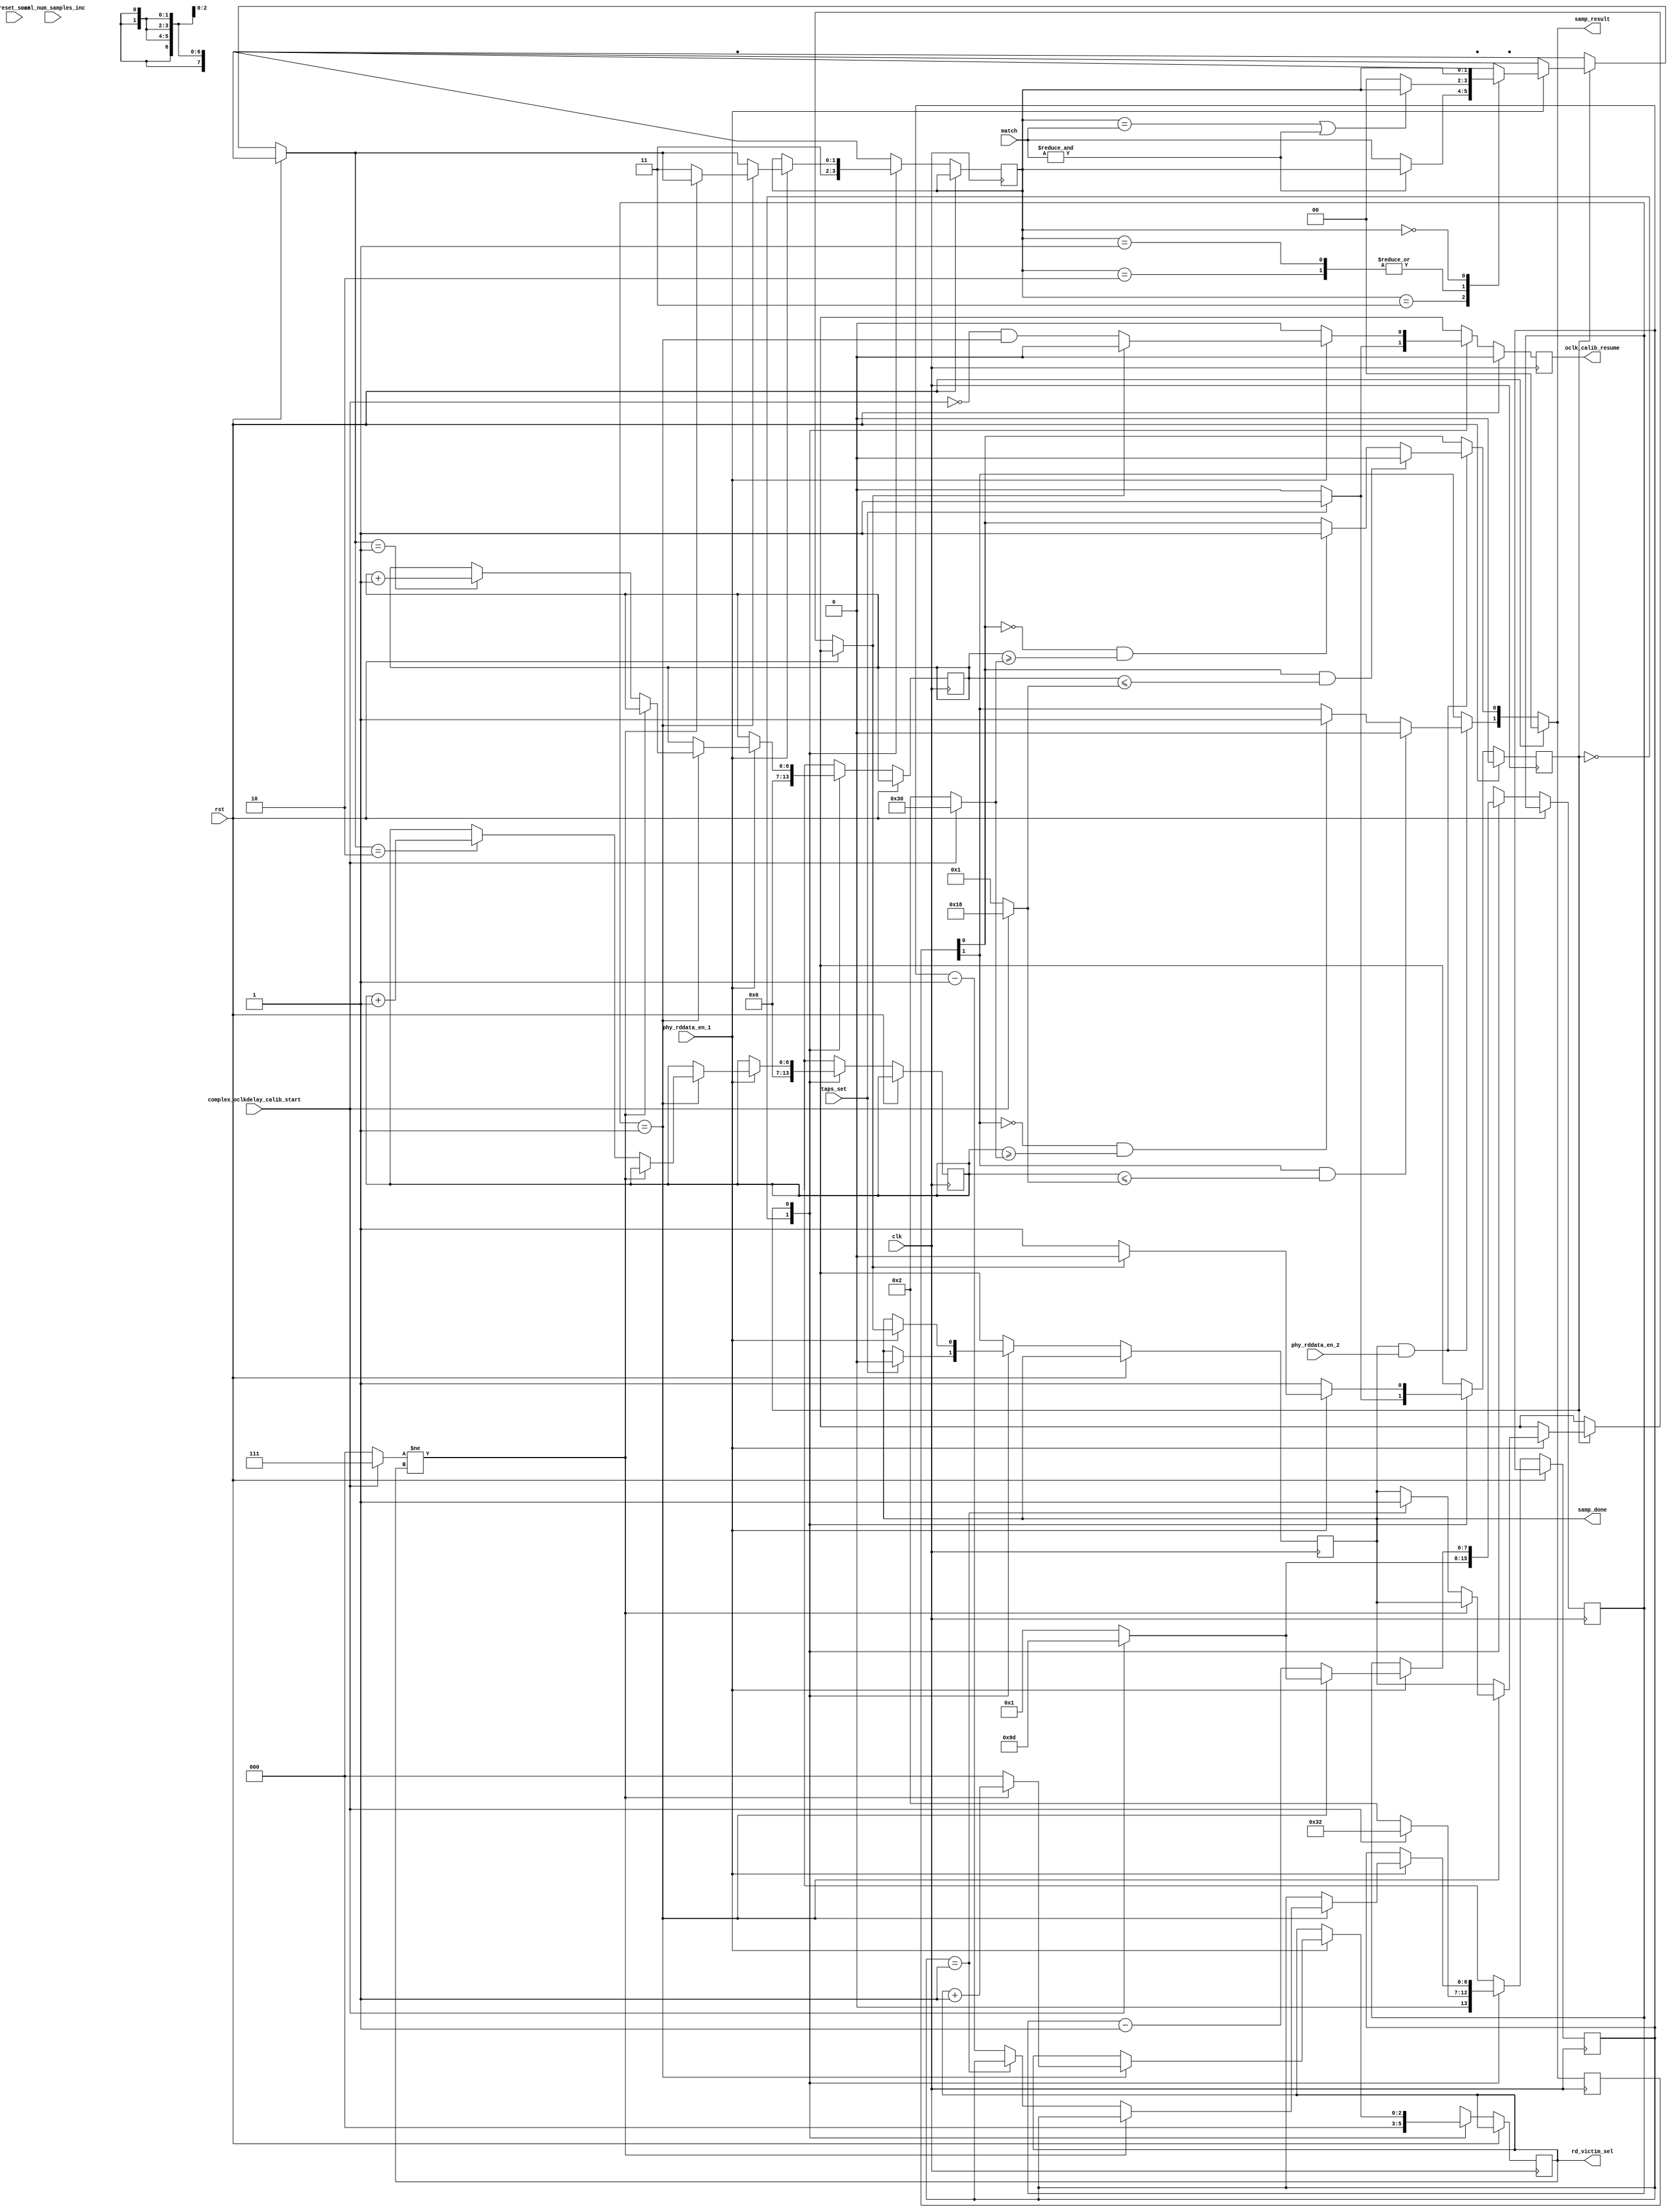
//*****************************************************************************
// (c) Copyright 2009 - 2013 Xilinx, Inc. All rights reserved.
//
// This file contains confidential and proprietary information
// of Xilinx, Inc. and is protected under U.S. and
// international copyright and other intellectual property
// laws.
//
// DISCLAIMER
// This disclaimer is not a license and does not grant any
// rights to the materials distributed herewith. Except as
// otherwise provided in a valid license issued to you by
// Xilinx, and to the maximum extent permitted by applicable
// law: (1) THESE MATERIALS ARE MADE AVAILABLE "AS IS" AND
// WITH ALL FAULTS, AND XILINX HEREBY DISCLAIMS ALL WARRANTIES
// AND CONDITIONS, EXPRESS, IMPLIED, OR STATUTORY, INCLUDING
// BUT NOT LIMITED TO WARRANTIES OF MERCHANTABILITY, NON-
// INFRINGEMENT, OR FITNESS FOR ANY PARTICULAR PURPOSE; and
// (2) Xilinx shall not be liable (whether in contract or tort,
// including negligence, or under any other theory of
// liability) for any loss or damage of any kind or nature
// related to, arising under or in connection with these
// materials, including for any direct, or any indirect,
// special, incidental, or consequential loss or damage
// (including loss of data, profits, goodwill, or any type of
// loss or damage suffered as a result of any action brought
// by a third party) even if such damage or loss was
// reasonably foreseeable or Xilinx had been advised of the
// possibility of the same.
//
// CRITICAL APPLICATIONS
// Xilinx products are not designed or intended to be fail-
// safe, or for use in any application requiring fail-safe
// performance, such as life-support or safety devices or
// systems, Class III medical devices, nuclear facilities,
// applications related to the deployment of airbags, or any
// other applications that could lead to death, personal
// injury, or severe property or environmental damage
// (individually and collectively, "Critical
// Applications"). Customer assumes the sole risk and
// liability of any use of Xilinx products in Critical
// Applications, subject only to applicable laws and
// regulations governing limitations on product liability.
//
// THIS COPYRIGHT NOTICE AND DISCLAIMER MUST BE RETAINED AS
// PART OF THIS FILE AT ALL TIMES.
//
//*****************************************************************************
//   ____  ____
//  /   /\/   /
// /___/  \  /    Vendor: Xilinx
// \   \   \/     Version: %version
//  \   \         Application: MIG
//  /   /         Filename: ddr_phy_v4_0_phy_ocd_samp.v
// /___/   /\     Date Last Modified: $Date: 2011/02/25 02:07:40 $
// \   \  /  \    Date Created: Aug 03 2009 
//  \___\/\___\
//
//Device: 7 Series
//Design Name: DDR3 SDRAM
//Purpose: Controls the number of samples and generates an aggregate
//sampling result.
//
// The following shows the nesting of the sampling loop.  Nominally built
// to accomodate the "complex" sampling protocol.  Adapted for use with
// "simple" samplng.
//
//                    simple                    complex
//                                 
// samples            OCAL_SIMPLE_SCAN_SAMPS    1 or 50 Depends on SIM_CAL_OPTION
//   rd_victim_sel    0                         0 to 7
//     data_cnt       1                         157
//
// First it collects comparison results provided on the
// two bit "match" bus.  A particular phaser tap setting may be recorded one
// or many times depending on various parameter settings.  
// The two bit match bus corresponds to comparisons for the
// zero or rising phase, and the oneeighty or falling phase.  The "aggregate"
// starts out as NULL and then begins collecting comparison results
// when phy_rddata_en_1 is high.  The first result is always set into
// the aggregate result.  Subsequent results that match aggregate, don't
// make any change.  Subsequent compare results that don't match cause the aggregate
// to turn to FUZZ.
//
// A "sample" is defined as a single DRAM burst for the simple step, and
// an entire 157 DRAM data bursts across the 8 victim bits for complex.
//
// Once all samples have been taken, the samp_result is computed by
// comparing the number of successful compares against the threshold.
//
// The second function is to track and control the number of samples.  For 
// "simple" data, the number of samples is set by OCAL_SIMPLE_SCAN_SAMPS.  
// For "complex" data, nominally
// the complex data pattern consists of a sequence of 157 DRAM chunks.  This
// sequence is run with each bit in the byte designated as the "victim".  This sequence
// is repeated 50 times, although when SIM_CAL_OPTION is set to none "NONE", it is only
// repeated once.
//
// This block generates oclk_calib_resume.  For the simple pattern, a single DRAM
// burst is returned  For complex its 157  which indicates the start of the 157*50
// sequence for a bit.  samp_done is pulsed.
//
//Reference:
//Revision History:
//*****************************************************************************

`timescale 1ps/1ps

module mig_7series_v4_0_ddr_phy_ocd_samp #
  (parameter nCK_PER_CLK             = 4,
   parameter OCAL_SIMPLE_SCAN_SAMPS  = 2,
   parameter SCAN_PCT_SAMPS_SOLID    = 95,
   parameter TCQ                     = 100,
   parameter SIM_CAL_OPTION          = "NONE")
  (/*AUTOARG*/
  // Outputs
  samp_done, oclk_calib_resume, rd_victim_sel, samp_result,
  // Inputs
  complex_oclkdelay_calib_start, clk, rst, reset_scan,
  ocal_num_samples_inc, match, phy_rddata_en_1, taps_set,
  phy_rddata_en_2
  );

  function integer clogb2 (input integer size); // ceiling logb2
    begin
      size = size - 1;
      for (clogb2=1; size>1; clogb2=clogb2+1)
            size = size >> 1;
    end
  endfunction // clogb2

  localparam ONE = 1;

  localparam CMPLX_DATA_CNT = nCK_PER_CLK == 2 ? 157 * 2 : 157;
  localparam SIMP_DATA_CNT = nCK_PER_CLK == 2 ? 2 : 1;

  localparam DATA_CNT_WIDTH = nCK_PER_CLK == 2 ? 9 : 8;

  localparam CMPLX_SAMPS = SIM_CAL_OPTION == "NONE" ? 50 : 1;
 
  // Plus one because were counting in natural numbers. 
  localparam SAMP_CNT_WIDTH = clogb2(OCAL_SIMPLE_SCAN_SAMPS > CMPLX_SAMPS 
                                       ? OCAL_SIMPLE_SCAN_SAMPS : CMPLX_SAMPS) + 1;

  // Remember SAMPLES is natural number counting.  One corresponds to one sample.
  localparam integer SIMP_SAMPS_SOLID_THRESH = OCAL_SIMPLE_SCAN_SAMPS * SCAN_PCT_SAMPS_SOLID * 0.01;
  localparam integer SIMP_SAMPS_HALF_THRESH = SIMP_SAMPS_SOLID_THRESH/2;
  localparam integer CMPLX_SAMPS_SOLID_THRESH = CMPLX_SAMPS * SCAN_PCT_SAMPS_SOLID * 0.01;
  localparam integer CMPLX_SAMPS_HALF_THRESH = CMPLX_SAMPS_SOLID_THRESH/2;

  input complex_oclkdelay_calib_start;
  
  wire [SAMP_CNT_WIDTH-1:0] samples =  complex_oclkdelay_calib_start
			                 ? CMPLX_SAMPS[SAMP_CNT_WIDTH-1:0]	       
                                         : OCAL_SIMPLE_SCAN_SAMPS[SAMP_CNT_WIDTH-1:0];
  
  localparam [1:0] NULL       = 2'b11,
                   FUZZ       = 2'b00,
                   ONEEIGHTY  = 2'b10,
                   ZERO       = 2'b01;
 
  input clk;
  input rst;

  input reset_scan;

  // Given the need to count phy_data_en, this is not useful.
  input ocal_num_samples_inc;
  
  input [1:0] match;

  input phy_rddata_en_1;
  
  input taps_set;

  reg samp_done_ns, samp_done_r;
  always @(posedge clk) samp_done_r <= #TCQ samp_done_ns;
  output samp_done;
  assign samp_done = samp_done_r;

  input phy_rddata_en_2;
  wire samp_valid = samp_done_r && phy_rddata_en_2;

  reg [1:0] agg_samp_ns, agg_samp_r;
  always @(posedge clk) agg_samp_r <= #TCQ agg_samp_ns;

  reg oclk_calib_resume_ns, oclk_calib_resume_r;
  always @(posedge clk) oclk_calib_resume_r <= #TCQ oclk_calib_resume_ns;
  output oclk_calib_resume;
  assign oclk_calib_resume = oclk_calib_resume_r;

  // Complex data counting.
  // Inner most loop.  157 phy_data_en.
  reg [DATA_CNT_WIDTH-1:0] data_cnt_ns, data_cnt_r;
  always @(posedge clk) data_cnt_r <= #TCQ data_cnt_ns;

  // Nominally, 50 samples of the above 157 phy_data_en.
  reg [SAMP_CNT_WIDTH-1:0] samps_ns, samps_r;
  always @(posedge clk) samps_r <= #TCQ samps_ns;

  // Step through the 8 bits in the byte.
  reg [2:0] rd_victim_sel_ns, rd_victim_sel_r;
  always @(posedge clk) rd_victim_sel_r <= #TCQ rd_victim_sel_ns;
  output [2:0] rd_victim_sel;
  assign rd_victim_sel = rd_victim_sel_r;

  reg [SAMP_CNT_WIDTH-1:0] zero_ns, zero_r, oneeighty_ns, oneeighty_r;
  always @(posedge clk) zero_r <= #TCQ zero_ns;
  always @(posedge clk) oneeighty_r <= #TCQ oneeighty_ns;

  wire [SAMP_CNT_WIDTH-1:0] samp_thresh = (complex_oclkdelay_calib_start 
                                            ? CMPLX_SAMPS_SOLID_THRESH[SAMP_CNT_WIDTH-1:0]
                                            : SIMP_SAMPS_SOLID_THRESH[SAMP_CNT_WIDTH-1:0]);

  wire [SAMP_CNT_WIDTH-1:0] samp_half_thresh = (complex_oclkdelay_calib_start 
                                                 ? CMPLX_SAMPS_HALF_THRESH[SAMP_CNT_WIDTH-1:0]
                                                 : SIMP_SAMPS_HALF_THRESH[SAMP_CNT_WIDTH-1:0]);

  wire zero_ge_thresh = zero_r >= samp_thresh;
  wire zero_le_half_thresh =  zero_r <= samp_half_thresh;
  wire oneeighty_ge_thresh = oneeighty_r >= samp_thresh;
  wire oneeighty_le_half_thresh = oneeighty_r <= samp_half_thresh;
  
  reg [1:0] samp_result_ns, samp_result_r;
  always @(posedge clk) samp_result_r <= #TCQ samp_result_ns;
  always @(*) 
    if (rst) samp_result_ns = 'b0;
    else begin
      samp_result_ns = samp_result_r;
      if (samp_valid) begin
	if (~samp_result_r[0] && zero_ge_thresh) samp_result_ns[0] = 'b1;
        if (samp_result_r[0] && zero_le_half_thresh) samp_result_ns[0] = 'b0;
	if (~samp_result_r[1] && oneeighty_ge_thresh) samp_result_ns[1] = 'b1;
        if (samp_result_r[1] && oneeighty_le_half_thresh) samp_result_ns[1] = 'b0;
      end
    end
  
  output [1:0] samp_result;
  assign samp_result = samp_result_ns;

  reg [0:0] sm_ns, sm_r;
  always @(posedge clk) sm_r <= #TCQ sm_ns;

  wire [DATA_CNT_WIDTH-1:0] data_cnt = complex_oclkdelay_calib_start 
                                         ? CMPLX_DATA_CNT[DATA_CNT_WIDTH-1:0] 
                                         : SIMP_DATA_CNT[DATA_CNT_WIDTH-1:0];
  wire [2:0] rd_victim_end = complex_oclkdelay_calib_start ? 3'h7 : 3'h0;
  wire data_end = data_cnt_r == ONE[DATA_CNT_WIDTH-1:0];
  wire samp_end = samps_r == ONE[SAMP_CNT_WIDTH-1:0];
  
  // Primary state machine.
  
  always @(*) begin

  // Default next state assignments.

    agg_samp_ns = agg_samp_r;
    data_cnt_ns = data_cnt_r;
    oclk_calib_resume_ns = 1'b0;
    oneeighty_ns = oneeighty_r;
    rd_victim_sel_ns = rd_victim_sel_r;
    samp_done_ns = samp_done_r;
    samps_ns = samps_r;
    sm_ns = sm_r;
    zero_ns = zero_r;
    
    if (rst == 1'b1) begin
  // RESET next states
      sm_ns = /*AK("READY")*/1'd0;
      
    end else
      
  // State based actions and next states. 
      case (sm_r)

        /*AL("READY")*/1'd0:begin
	  agg_samp_ns = NULL;
	  data_cnt_ns = data_cnt;
	  oneeighty_ns = 'b0;
	  zero_ns = 'b0;
	  rd_victim_sel_ns = 3'b0;
	  samps_ns = complex_oclkdelay_calib_start ? CMPLX_SAMPS[SAMP_CNT_WIDTH-1:0]
                                                   : OCAL_SIMPLE_SCAN_SAMPS[SAMP_CNT_WIDTH-1:0];
	 
	  
	  if (taps_set) begin
	    samp_done_ns = 1'b0;
	    sm_ns = /*AK("AWAITING_DATA")*/1'd1;
	    oclk_calib_resume_ns = 1'b1;
	  end
        end

        /*AL("AWAITING_DATA")*/1'd1:begin
	  if (phy_rddata_en_1) begin

	    case (agg_samp_r)
	      NULL : if (~&match) agg_samp_ns = match;
	      ZERO, ONEEIGHTY : if (~(agg_samp_r == match || &match)) agg_samp_ns = FUZZ;
	      FUZZ : ;
	    endcase // case (agg_samp_r)

	    if (~data_end) data_cnt_ns = data_cnt_r - ONE[DATA_CNT_WIDTH-1:0];
	    else begin
	      data_cnt_ns = data_cnt;
	      if (rd_victim_end != rd_victim_sel_r) rd_victim_sel_ns = rd_victim_sel_r + 3'h1;
	      else begin
		rd_victim_sel_ns = 3'h0;
		if (agg_samp_ns == ZERO) zero_ns = zero_r + ONE[SAMP_CNT_WIDTH-1:0];
	        if (agg_samp_ns == ONEEIGHTY) oneeighty_ns = oneeighty_r + ONE[SAMP_CNT_WIDTH-1:0];
		agg_samp_ns = NULL;
		if (~samp_end) samps_ns = samps_r - ONE[SAMP_CNT_WIDTH-1:0];
		else samp_done_ns = 1'b1;
	      end
	    end
    
      	    if (samp_done_ns) sm_ns = /*AK("READY")*/1'd0;
	    else oclk_calib_resume_ns = ~complex_oclkdelay_calib_start && data_end;
	  end
	end
	
      endcase // case (sm_r)
  end // always @ begin
  
   
endmodule // mig_7series_v4_0_ddr_phy_ocd_samp

// Local Variables:
// verilog-autolabel-prefix: "1'd"
// End: